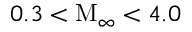
0 . 3 < \mathrm { M } _ { \infty } < 4 . 0